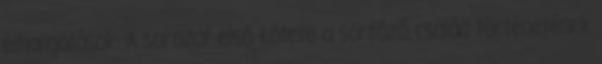
elhallgatások. A sorozat első kötete a sörfőző család történetének